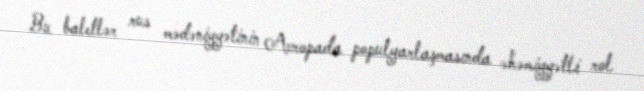
Bu baletlər rus mədəniyyətinin Avropada populyarlaşmasında əhəmiyyətli rol